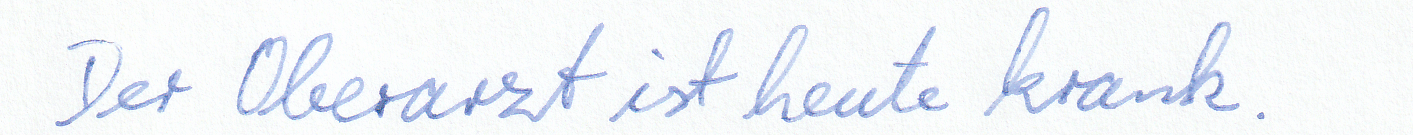
Der Oberarzt ist heute krank.